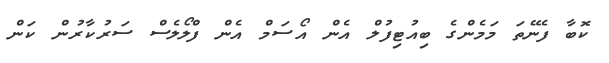
ކޮބާ ފެނޭތަ މަމެންގެ ބިއުޓިފުލް އެން އޯސަމް އެން ފްލޯލެސް ސަރުކާރުން ކަން